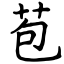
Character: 苞